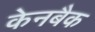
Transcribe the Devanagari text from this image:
केनबैक